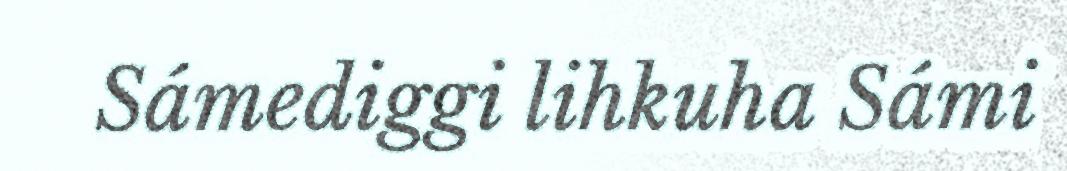
Sámediggi lihkuha Sámi